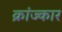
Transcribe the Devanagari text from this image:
क्रांज्कार